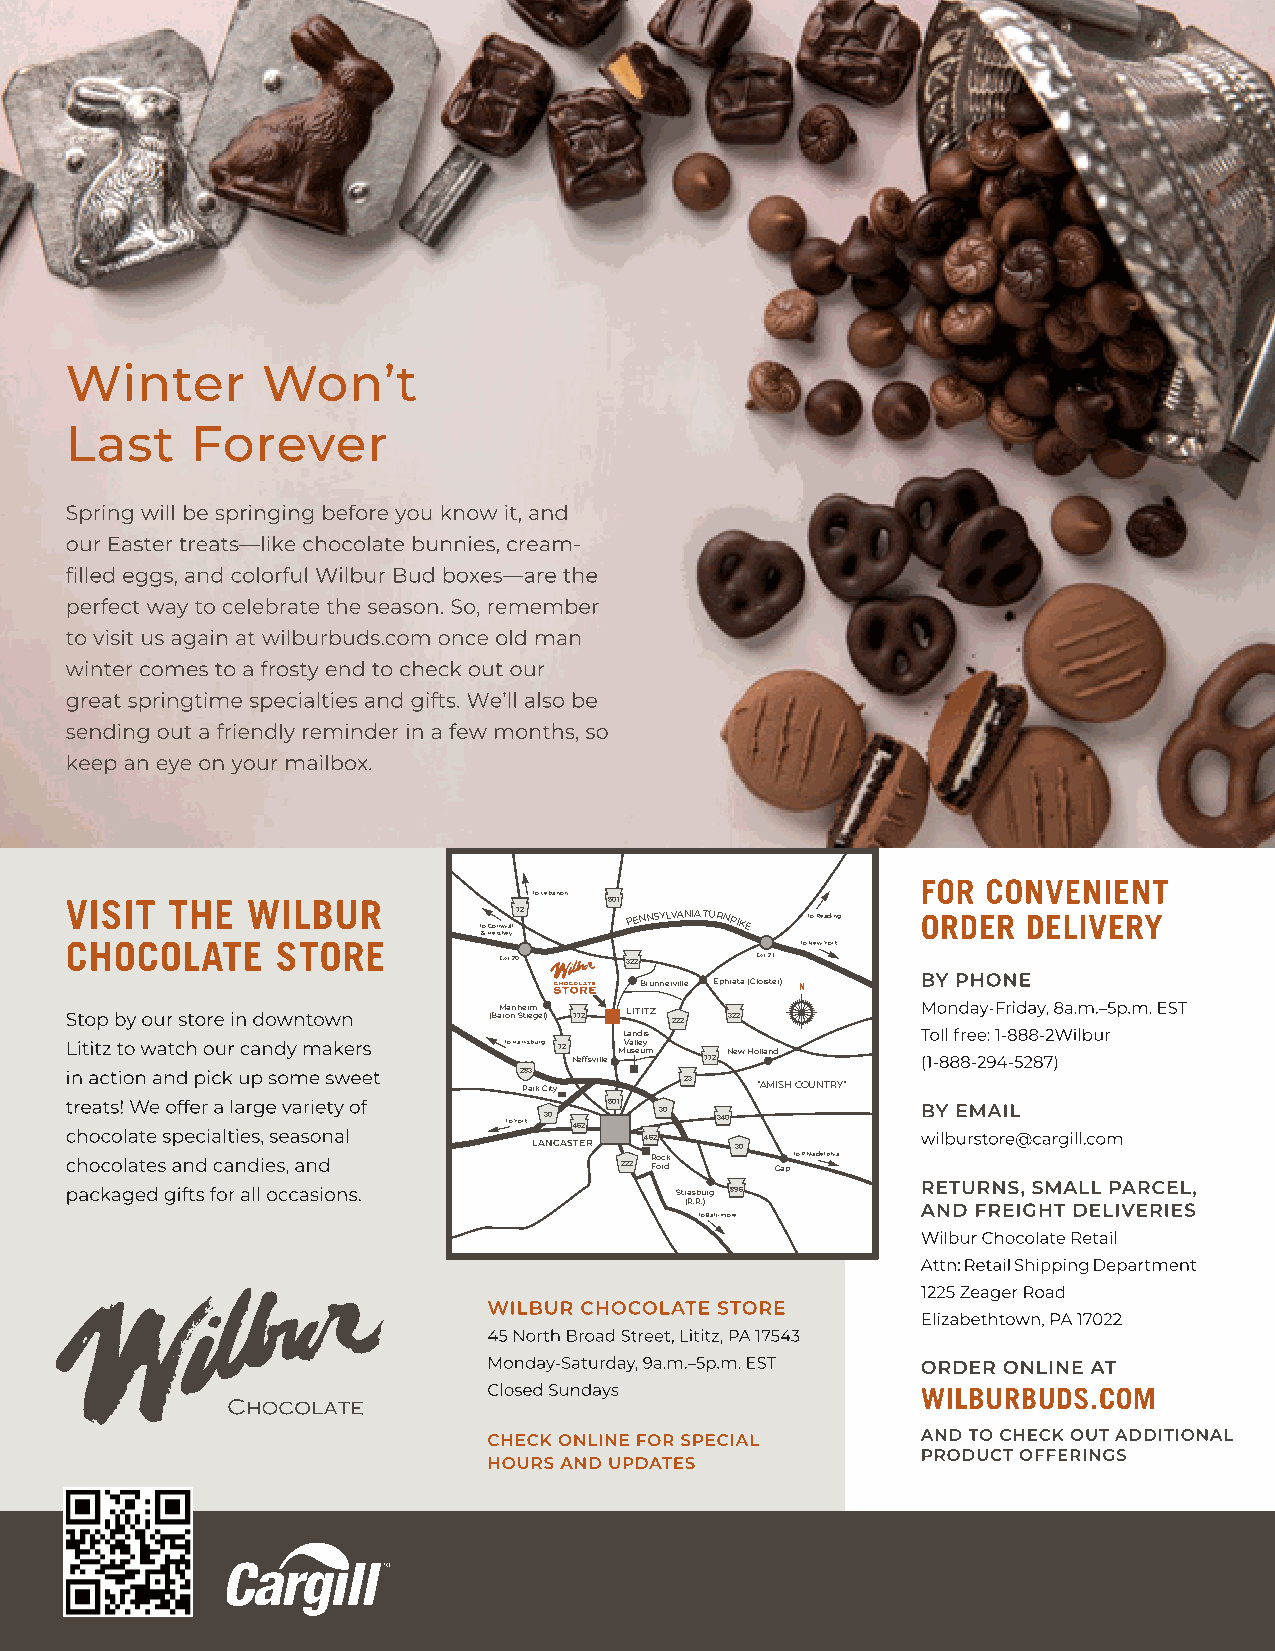
To Lebanon 501
 T &o HCo err sn hw ea yll
 72      PENNSYLVANIA TURNPIKE To Reading
 To New York
 Exit 20 322      Exit 21
 Brunnerville Ephrata (Cloister) N
 (BaM roa nn h Se tii em gel) 772 LITITZ 222 4E4540 322
 Landis
 To Harrisburg 72 Neffsville MV ua sl ele uy m 772 New Holland
 283
 Park City 23   “AMISH COUNTRY”
 501
 To York 30 462 30 340
 LANCASTER 462 30
 222 R Foo rc dk Gap To Philadelphia
 Strasburg 896
 (R.R.)
 To Baltimore